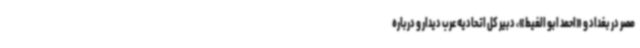
مصر در بغداد و «احمد ابو الغیط»، دبیر کل اتحادیه عرب دیدار و درباره